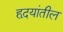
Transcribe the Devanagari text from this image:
हृदयांतील